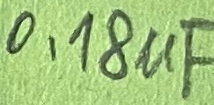
Text: ,18µF